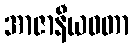
အာဇာနီယဝတာ